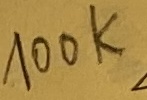
Text: 100K